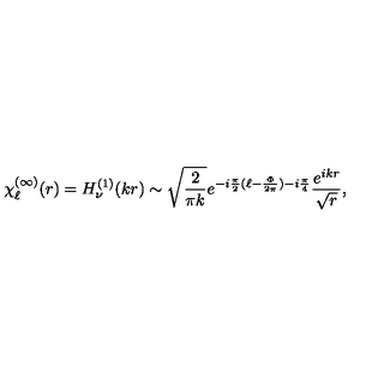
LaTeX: \chi _ { \ell } ^ { ( \infty ) } ( r ) = H _ { \nu } ^ { ( 1 ) } ( k r ) \sim \sqrt { \frac { 2 } { \pi k } } e ^ { - i \frac { \pi } { 2 } ( \ell - \frac { \Phi } { 2 \pi } ) - i \frac { \pi } { 4 } } \frac { e ^ { i k r } } { \sqrt { r } } ,